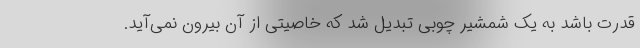
قدرت باشد به یک شمشیر چوبی تبدیل شد که خاصیتی از آن بیرون نمی‌آید.